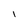
Character: I